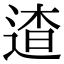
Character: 𨓳